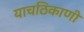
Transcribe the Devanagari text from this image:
याचठिकाणी